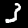
Label: 3